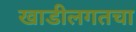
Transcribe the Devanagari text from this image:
खाडीलगतचा